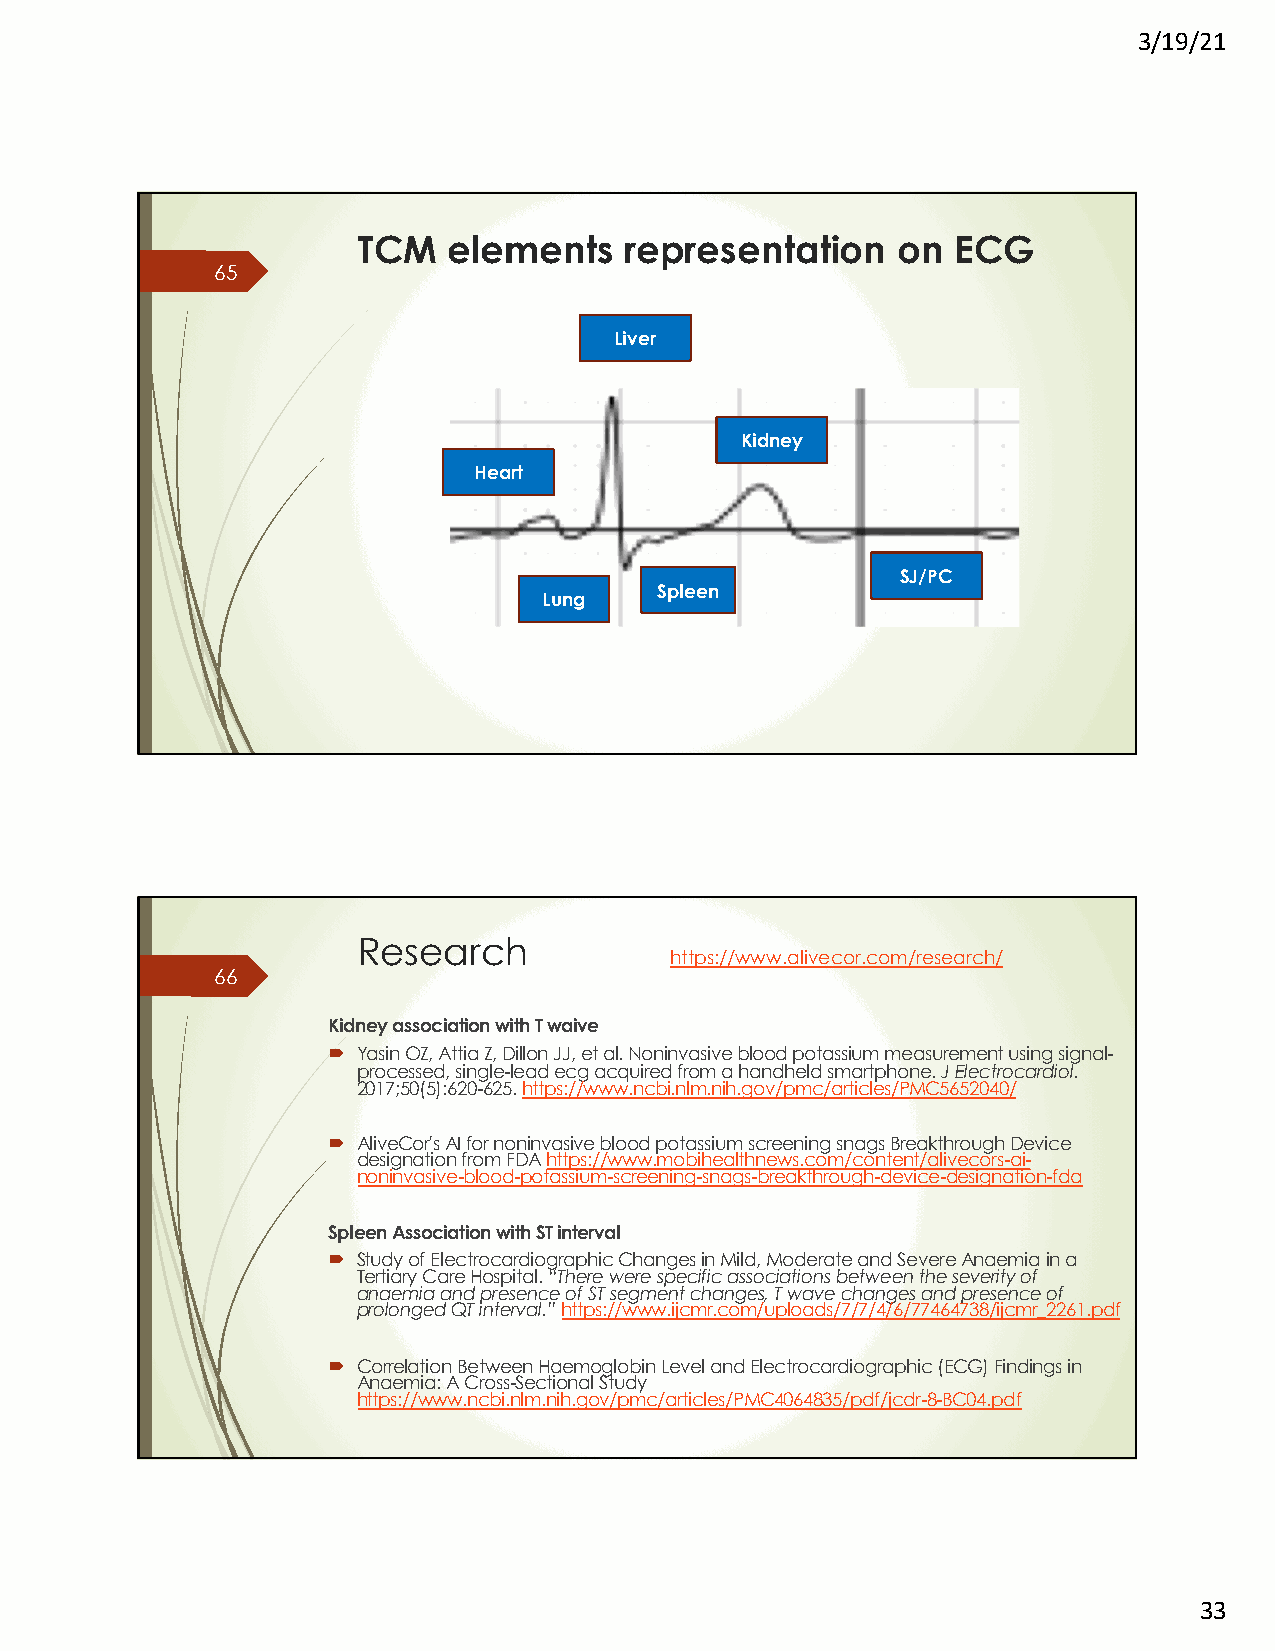
3/19/21
 TCM   elements   representation    on  ECG
 65
 Liver
 Kidney
 Heart
 SJ/PC
 Spleen
 Lung
 Research
 https://www.alivecor.com/research/
 66
 Kidney association with T waive
 ´ Yasin OZ, Attia Z, Dillon JJ, et al. Noninvasive blood potassium measurement using signal-
 processed, single-lead ecgacquired from a handheld smartphone.J Electrocardiol.
 2017;50(5):620-625. https://www.ncbi.nlm.nih.gov/pmc/articles/PMC5652040/
 ´ AliveCor'sAI for noninvasive blood potassium screening snags Breakthrough Device
 designation from FDA https://www.mobihealthnews.com/content/alivecors-ai-
 noninvasive-blood-potassium-screening-snags-breakthrough-device-designation-fda
 Spleen Association with ST interval
 ´ Study of Electrocardiographic Changes in Mild, Moderate and Severe Anaemiain a
 Tertiary Care Hospital. “There were specific associations between the severity of
 anaemiaand presence of ST segment changes, T wave changes and presence of
 prolonged QT interval.” https://www.ijcmr.com/uploads/7/7/4/6/77464738/ijcmr_2261.pdf
 ´ Correlation Between HaemoglobinLevel and Electrocardiographic (ECG) Findings in
 Anaemia: A Cross-Sectional Study
 https://www.ncbi.nlm.nih.gov/pmc/articles/PMC4064835/pdf/jcdr-8-BC04.pdf
 33